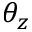
\theta _ { z }